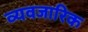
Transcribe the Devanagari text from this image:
व्यवजारिक